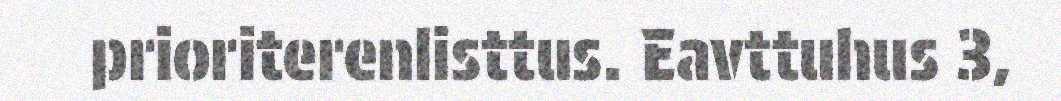
prioriterenlisttus. Eavttuhus 3,